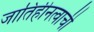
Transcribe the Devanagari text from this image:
जातिहीनत्वाची